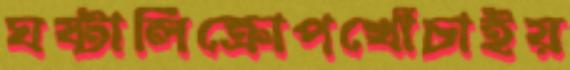
ঘষ্‌টালিক্রোপখোঁচাইয়